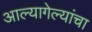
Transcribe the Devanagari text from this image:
आल्यागेल्यांचा